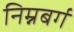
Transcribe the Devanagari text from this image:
निम्नबर्ग